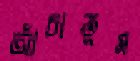
আঁচাতুম